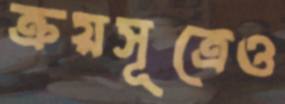
ক্রয়সূত্রেও